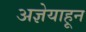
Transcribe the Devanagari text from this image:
अज्ञेयाहून